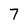
Character: 7